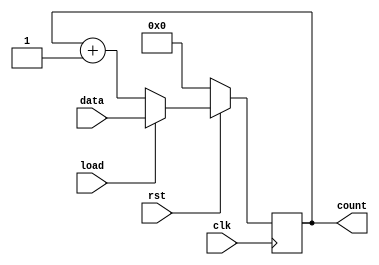
/**************************
    Load up counter
**************************/

module counter_up_load (count, clk,load, data, rst);
input [7:0] data;
input clk, rst, load;
output [7:0]count;
reg [7:0]count_temp;

always @(posedge clk) begin
    if(!rst)
        count_temp <= 8'b0;
    else if(load)
        count_temp <= data;
    else 
        count_temp <= count_temp + 1;
end

assign count = count_temp;

endmodule